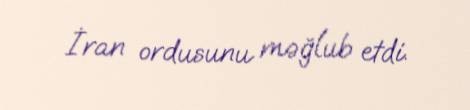
İran ordusunu məğlub etdi.